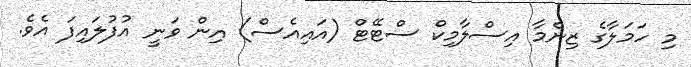
މި ހަމަލާގެ ޒިންމާ އިސްލާމިކް ސްޓޭޓް (އައިއެސް) އިން ވަނީ އުފުލައިފަ އެވެ.